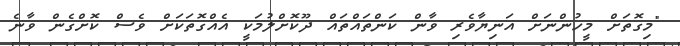
"މިގޮތަށް މީހުންނަށް އަނިޔާވެރި ވާން ކަންތައްތައް ދޫކޮށްލުމަކީ އެއްގޮތަކަށް ވެސް ކޮށްގެން ވާނެ